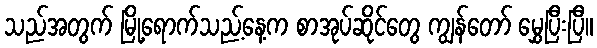
သည်အတွက် မြို့ရောက်သည့်နေ့က စာအုပ်ဆိုင်တွေ ကျွန်တော် မွှေပြီးပြီ။